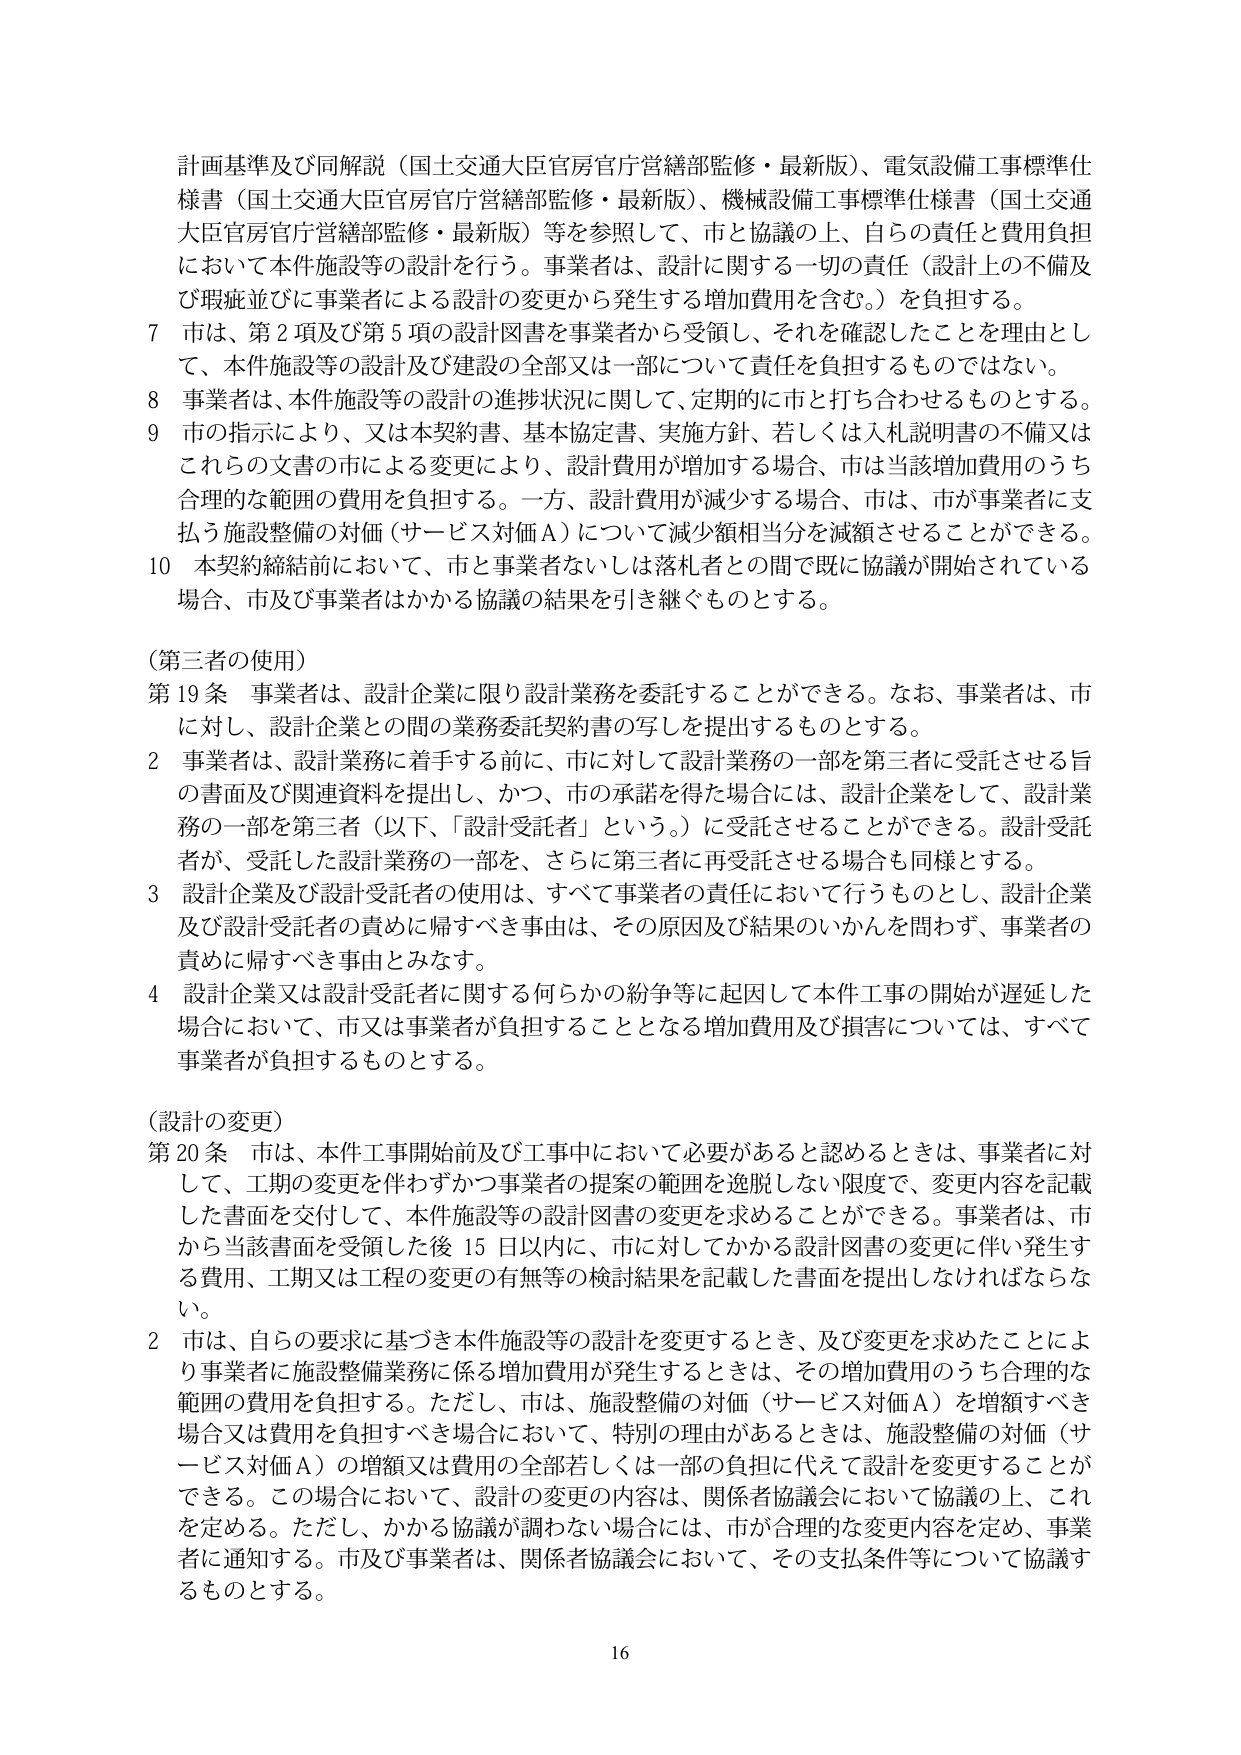
計画基準及び同解説（国土交通大臣官房官庁営繕部監修・最新版）、電気設備工事標準化様書（国土交通大臣官房官庁営繕部監修・最新版）、機械設備工事標準化様書（国土交通大臣官房官庁営繕部監修・最新版）等を参照して、市と協議の上、自らの責任と費用負担において本件施設等の設計を行う。事業者は、設計に関する一切の責任（設計上の不備及び瑕疵並びに事業者による設計の変更から発生する増加費用を含む。）を負担する。

7 市は、第2項及び第5項の設計図書を事業者から受領し、それを確認したことを理由として、本件施設等の設計及び建設の全部又は一部について責任を負担するものではない。

8 事業者は、本件施設等の設計の進捗状況に関して、定期的に市と打ち合わせるものとする。

9 市の指示により、又は本契約書、基本協定書、実施方針、若しくは入札説明書の不備又はこれらの文書の市による変更により、設計費用が増加する場合、市は当該増加費用のうち合理的な範囲の費用を負担する。一方、設計費用が減少する場合、市は、市が事業者に支払う施設整備の対価（サービス対価Ａ）について減少額相当分を減額させることができる。

10 本契約締結前において、市と事業者ないしは落札者との間で既に協議が開始されている場合、市及び事業者はかかる協議の結果を引き継ぐものとする。

（第三者の使用）

第19条 事業者は、設計企業に限り設計業務を委託することができる。なお、事業者は、市に対し、設計企業との間の業務委託契約書の写しを提出するものとする。

2 事業者は、設計業務に着手する前に、市に対して設計業務の一部を第三者に受託させる旨の書面及び関連資料を提出し、かつ、市の承諾を得た場合には、設計企業として、設計業務の一部を第三者（以下、「設計受託者」という。）に受託させることができる。設計受託者が、受託した設計業務の一部を、さらに第三者に再受託させる場合も同様とする。

3 設計企業及び設計受託者の使用は、すべて事業者の責任において行うものとし、設計企業及び設計受託者の責めに帰すべき事由は、その原因及び結果のいかんを問わず、事業者の責めに帰すべき事由とみなす。

4 設計企業又は設計受託者に関する何らかの紛争等に起因して本件工事の開始が遅延した場合において、市又は事業者が負担することとなる増加費用及び損害については、すべて事業者が負担するものとする。

（設計の変更）

第20条 市は、本件工事開始前及び工事中において必要があると認めるときは、事業者に対して、工期の変更を伴わずかつ事業者の提案の範囲を逸脱しない限度で、変更内容を記載した書面を交付して、本件施設等の設計図書の変更を求めることができる。事業者は、市から当該書面を受領した後15日以内に、市に対してかかる設計図書の変更に伴い発生する費用、工期又は工程の変更の有無等の検討結果を記載した書面を提出しなければならない。

2 市は、自らの要求に基づき本件施設等の設計を変更するとき、及び変更を求めたことにより事業者に施設整備業務に係る増加費用が発生するときは、その増加費用のうち合理的な範囲の費用を負担する。ただし、市は、施設整備の対価（サービス対価Ａ）を増額すべき場合又は費用を負担すべき場合において、特別の理由があるときは、施設整備の対価（サービス対価Ａ）の増額又は費用の全部若しくは一部の負担に代えて設計を変更することができる。この場合において、設計の変更の内容は、関係者協議会において協議の上、これを定める。ただし、かかる協議が調わない場合には、市が合理的な変更内容を定め、事業者に通知する。市及び事業者は、関係者協議会において、その支払条件等について協議するものとする。

16